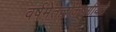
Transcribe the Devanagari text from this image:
वर्षमेतल्लोकेषुगीयते